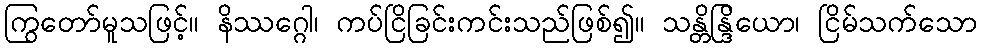
ကြွတော်မူသဖြင့်။ နိဿဂ္ဂေါ၊ ကပ်ငြိခြင်းကင်းသည်ဖြစ်၍။ သန္တိန္ဒြိယော၊ ငြိမ်သက်သော